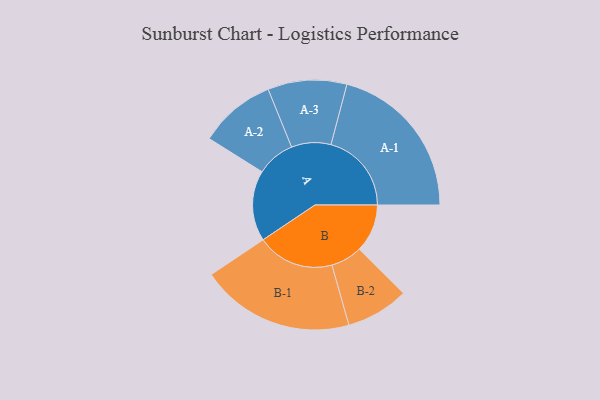
{"axis": {"x": "Segment", "y": "Value"}, "legend": ["", "A", "B"], "data": [{"x": "A", "y": 263, "type": ""}, {"x": "B", "y": 179, "type": ""}, {"x": "A-1", "y": 300, "type": "A"}, {"x": "A-2", "y": 143, "type": "A"}, {"x": "A-3", "y": 147, "type": "A"}, {"x": "B-1", "y": 287, "type": "B"}, {"x": "B-2", "y": 117, "type": "B"}]}